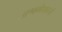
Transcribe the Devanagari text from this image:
अश्वमेधाहर्त्ता